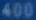
400